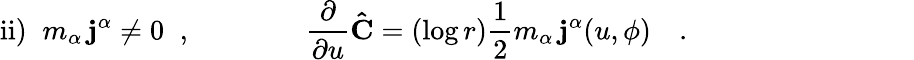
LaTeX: \mathrm{ii})\; \; m_{\alpha}\, {\mathbf j^{\alpha}}\ne 0\; \; ,\qquad\qquad\frac{\partial}{\partial u}{\mathbf{\hat{C}}}=(\log r)\frac{1}{2}m_{\alpha}\, {\mathbf j^{\alpha}}(u,\phi)\quad.\qquad\qquad\qquad\qquad